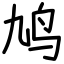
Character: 鸠